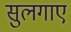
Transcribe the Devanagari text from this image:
सुलगाए